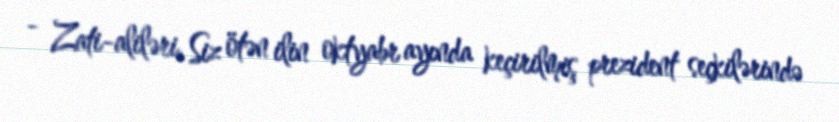
- Zati-aliləri, Siz ötən ilin oktyabr ayında keçirilmiş prezident seçkilərində